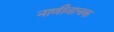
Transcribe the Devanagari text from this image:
नाणीवाचक